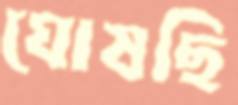
ঘোষছি